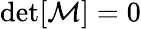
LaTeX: \operatorname*{det}[\mathcal{M}]=0